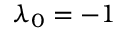
\lambda _ { 0 } = - 1